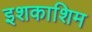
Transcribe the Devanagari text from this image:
इशकाशिम